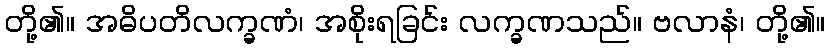
တို့၏။ အဓိပတိလက္ခဏံ၊ အစိုးရခြင်း လက္ခဏသည်။ ဗလာနံ၊ တို့၏။